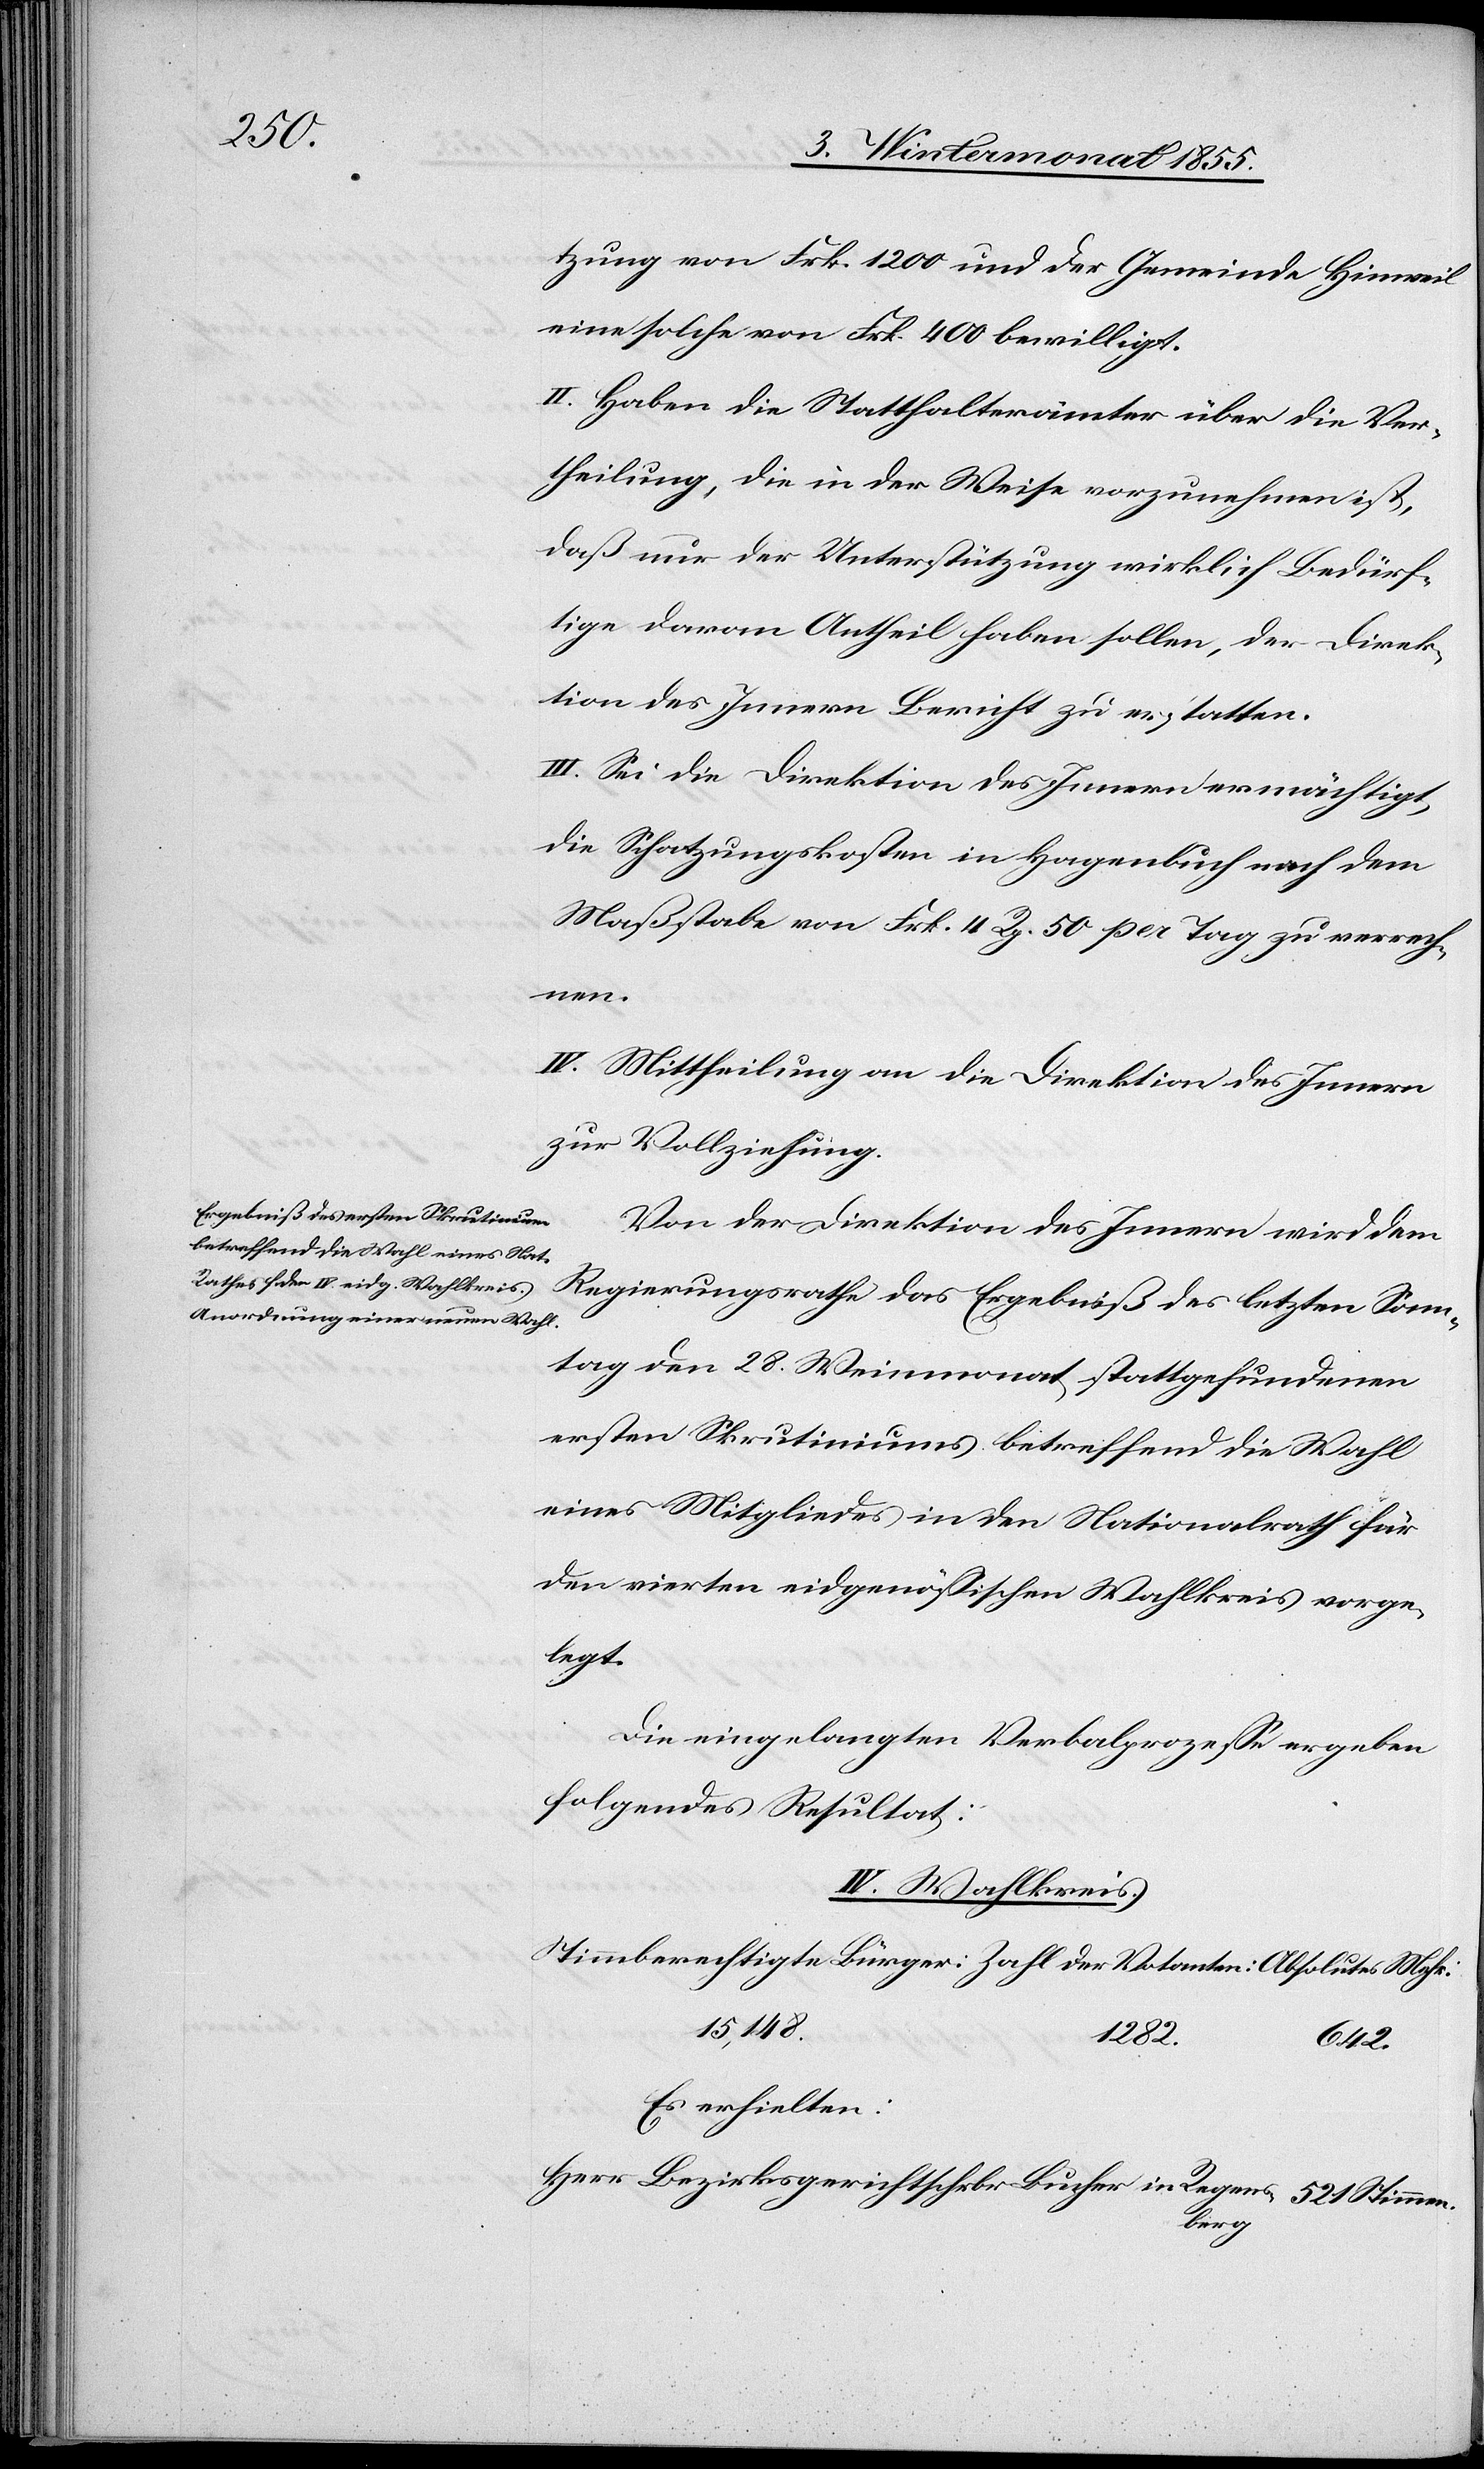
Stimmen.

tzung von Frk. 1200 und der Gemeinde Hinweil
eine solche von Frk. 400 bewilligt.
II. Haben die Statthalterämter über die Ver¬
theilung, die in der Weise vorzunehmen ist,
daß nur der Unterstützung wirklich Bedürf¬
tige davon Antheil haben sollen, der Direk¬
tion des Innern Bericht zu erstatten.
III. Sei die Direktion des Innern ermächtigt,
die Schatzungskosten in Hagenbuch nach dem
Maßstabe von Frk. 4 Rp. 50 per Tag zu verrech¬
nten:
IV. Mittheilung an die Direktion des Innern
zur Vollziehung.
Von der Direktion des Innern wird dem
Regierungsrathe das Ergebniß des letzten Sonn¬
tag den 28. Weinmonat stattgefundenen
ersten Skrutiniums betreffend die Wahl
eines Mitgliedes in den Nationalrath für
den vierten eidgenössischen Wahlkreis vorge¬
legt.
Die eingelangten Verbalprozesse ergeben
folgendes Resultat:
IV. Wahlkreis.
15,148.
1282.
642.
Es erhielten:
berg